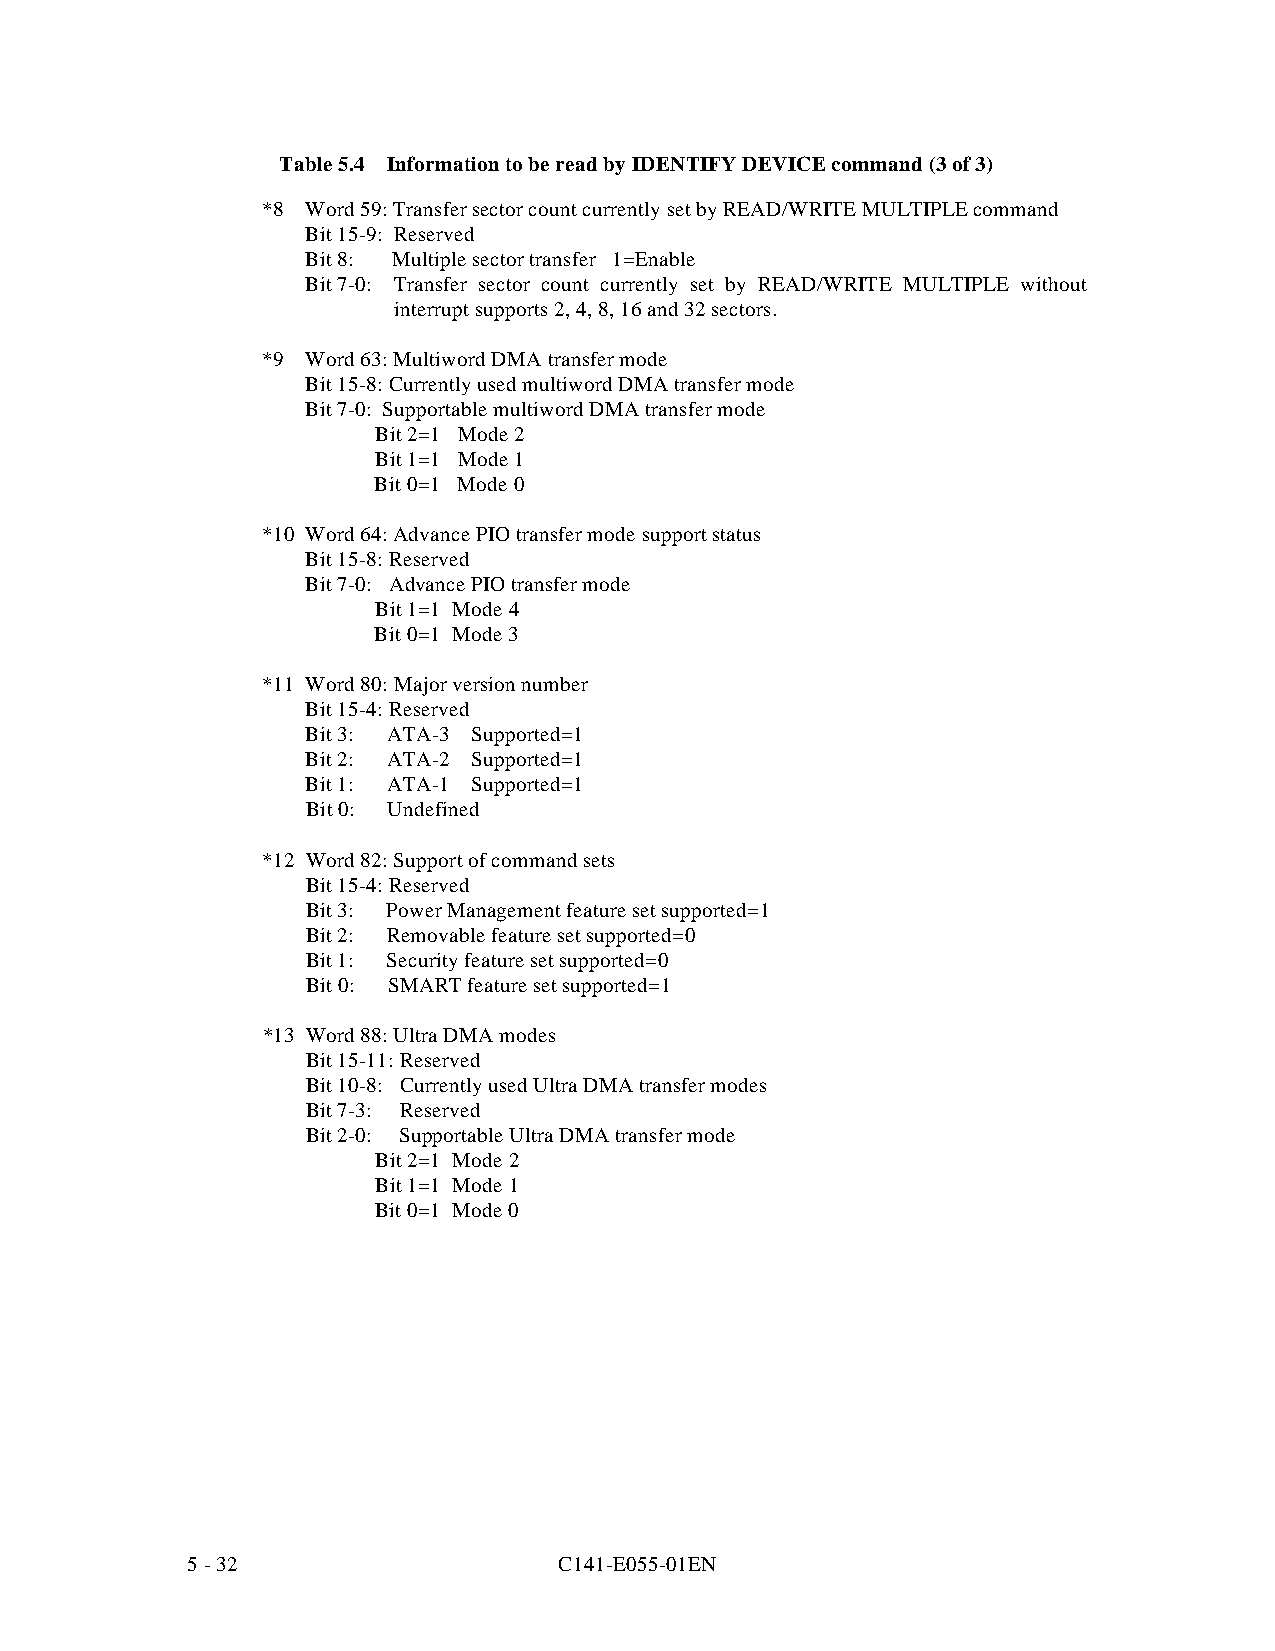
Table 5.4 Information to be read by IDENTIFY DEVICE command (3 of 3)
 *8 Word 59: Transfer sector count currently set by READ/WRITE MULTIPLE command
 Bit 15-9: Reserved
 Bit 8: Multiple sector transfer 1=Enable
 Bit 7-0: Transfer sector count currently set by READ/WRITE MULTIPLE without
 interrupt supports 2, 4, 8, 16 and 32 sectors.
 *9 Word 63: Multiword DMA transfer mode
 Bit 15-8: Currently used multiword DMA transfer mode
 Bit 7-0: Supportable multiword DMA transfer mode
 Bit 2=1 Mode 2
 Bit 1=1 Mode 1
 Bit 0=1 Mode 0
 *10 Word 64: Advance PIO transfer mode support status
 Bit 15-8: Reserved
 Bit 7-0: Advance PIO transfer mode
 Bit 1=1 Mode 4
 Bit 0=1 Mode 3
 *11 Word 80: Major version number
 Bit 15-4: Reserved
 Bit 3: ATA-3 Supported=1
 Bit 2: ATA-2 Supported=1
 Bit 1: ATA-1 Supported=1
 Bit 0: Undefined
 *12 Word 82: Support of command sets
 Bit 15-4: Reserved
 Bit 3: Power Management feature set supported=1
 Bit 2: Removable feature set supported=0
 Bit 1: Security feature set supported=0
 Bit 0: SMART feature set supported=1
 *13 Word 88: Ultra DMA mode s
 Bit 15-11: Reserved
 Bit 10-8: Currently used Ultra DMA transfer modes
 Bit 7-3: Reserved
 Bit 2-0: Supportable Ultra DMA transfer mode
 Bit 2=1 Mode 2
 Bit 1=1 Mode 1
 Bit 0=1 Mode 0
 5 - 32                   C141-E055-01EN